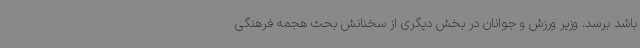
باشد برسد. وزیر ورزش و جوانان در بخش دیگری از سخنانش بحث هجمه فرهنگی